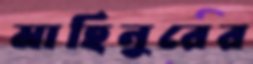
মাহিনুরের